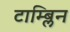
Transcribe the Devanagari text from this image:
टाम्ब्लिन